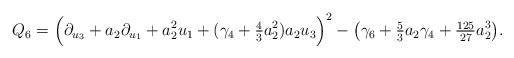
\begin{align*} Q_6 = \Big(\partial_{u_3} + a_2 \partial_{u_1} + a_2^2 u_1 + (\gamma_4 + \tfrac{4}{3} a_2^2) a_2 u_3\Big)^2 -\big(\gamma_6 + \tfrac{5}{3}a_2 \gamma_4 + \tfrac{125}{27}a_2^3\big).\end{align*}